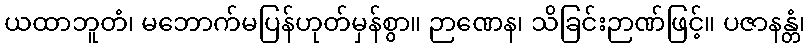
ယထာဘူတံ၊ မဘောက်မပြန်ဟုတ်မှန်စွာ။ ဉာဏေန၊ သိခြင်းဉာဏ်ဖြင့်။ ပဇာနန္တံ၊